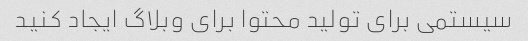
سیستمی برای تولید محتوا برای وبلاگ ایجاد کنید